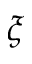
\xi